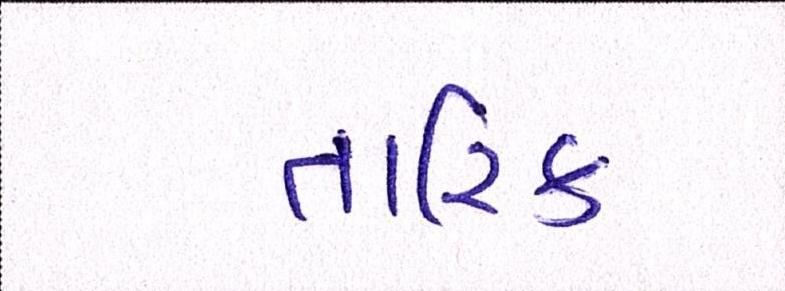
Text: તારિક